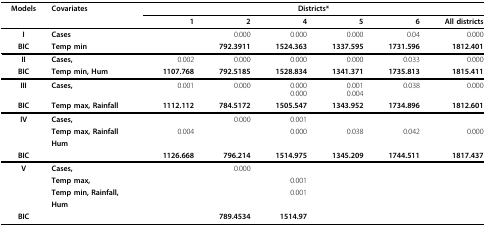
<table><thead><tr><td><b>Models</b></td><td><b>Covariates</b></td><td colspan="6"><b>Districts*</b></td></tr><tr><td></td><td></td><td><b>1</b></td><td><b>2</b></td><td><b>4</b></td><td><b>5</b></td><td><b>6</b></td><td><b>All districts</b></td></tr></thead><tbody><tr><td><b>I</b></td><td><b>Cases</b></td><td></td><td>0.000</td><td>0.000</td><td>0.000</td><td>0.04</td><td>0.000</td></tr><tr><td><b>BIC</b></td><td><b>Temp min</b></td><td></td><td><b>792.3911</b></td><td><b>1524.363</b></td><td><b>1337.595</b></td><td><b>1731.596</b></td><td><b>1812.401</b></td></tr><tr><td><b>II</b></td><td><b>Cases,</b></td><td>0.002</td><td>0.000</td><td>0.000</td><td>0.000</td><td>0.033</td><td>0.000</td></tr><tr><td><b>BIC</b></td><td><b>Temp min, Hum</b></td><td><b>1107.768</b></td><td><b>792.5185</b></td><td><b>1528.834</b></td><td><b>1341.371</b></td><td><b>1735.813</b></td><td><b>1815.411</b></td></tr><tr><td><b>III</b></td><td><b>Cases,</b></td><td>0.001</td><td>0.000</td><td>0.0000.000</td><td>0.0010.004</td><td>0.038</td><td>0.000</td></tr><tr><td><b>BIC</b></td><td><b>Temp max, Rainfall</b></td><td><b>1112.112</b></td><td><b>784.5172</b></td><td><b>1505.547</b></td><td><b>1343.952</b></td><td><b>1734.896</b></td><td><b>1812.601</b></td></tr><tr><td><b>IV</b></td><td><b>Cases,</b></td><td></td><td>0.000</td><td>0.001</td><td></td><td></td><td></td></tr><tr><td></td><td><b>Temp max, Rainfall</b></td><td>0.004</td><td></td><td>0.000</td><td>0.038</td><td>0.042</td><td>0.000</td></tr><tr><td></td><td><b>Hum</b></td><td></td><td></td><td></td><td></td><td></td><td></td></tr><tr><td><b>BIC</b></td><td></td><td><b>1126.668</b></td><td><b>796.214</b></td><td><b>1514.975</b></td><td><b>1345.209</b></td><td><b>1744.511</b></td><td><b>1817.437</b></td></tr><tr><td><b>V</b></td><td><b>Cases,</b></td><td></td><td>0.000</td><td></td><td></td><td></td><td></td></tr><tr><td></td><td><b>Temp max,</b></td><td></td><td></td><td>0.001</td><td></td><td></td><td></td></tr><tr><td></td><td><b>Temp min, Rainfall,</b></td><td></td><td></td><td>0.001</td><td></td><td></td><td></td></tr><tr><td></td><td><b>Hum</b></td><td></td><td></td><td></td><td></td><td></td><td></td></tr><tr><td><b>BIC</b></td><td></td><td></td><td><b>789.4534</b></td><td><b>1514.97</b></td><td></td><td></td><td></td></tr></tbody></table>